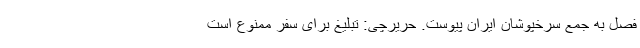
فصل به جمع سرخپوشان ایران پیوست. حریرچی: تبلیغ برای سفر ممنوع است